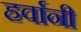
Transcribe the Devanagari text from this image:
हर्वानी